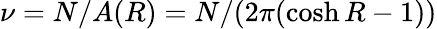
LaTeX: \nu=N/A(R)=N/(2\pi(\cosh R-1))